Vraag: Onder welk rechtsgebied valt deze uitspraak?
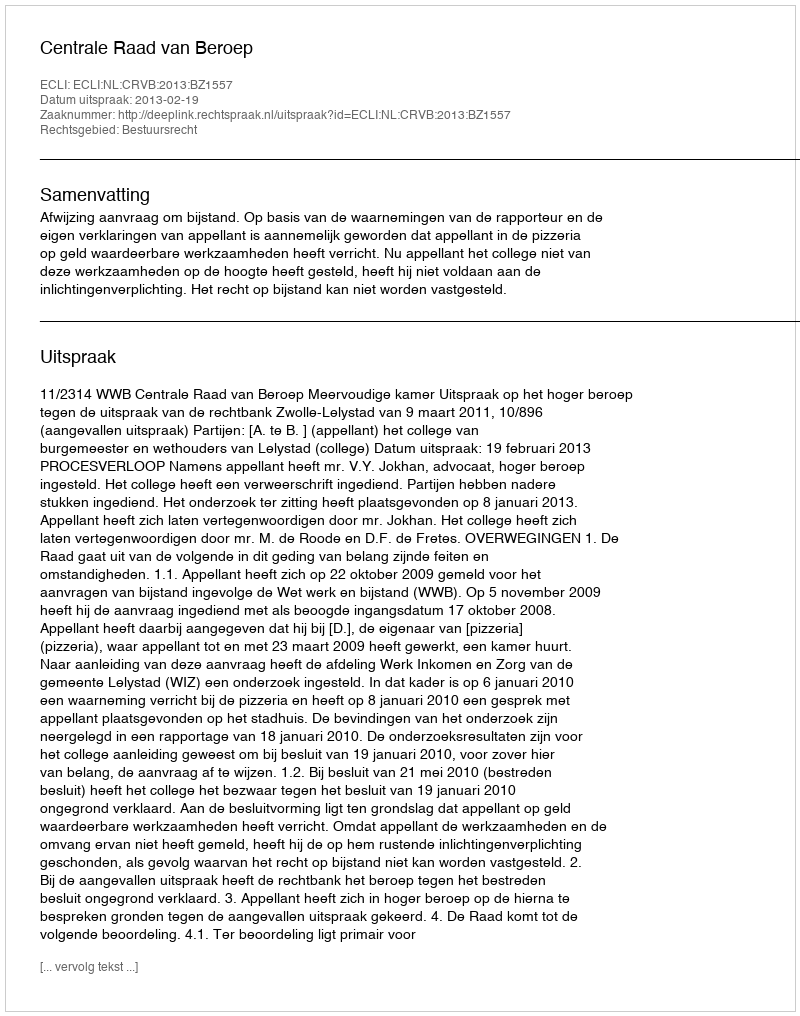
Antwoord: Bestuursrecht